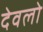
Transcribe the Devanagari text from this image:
देवलो